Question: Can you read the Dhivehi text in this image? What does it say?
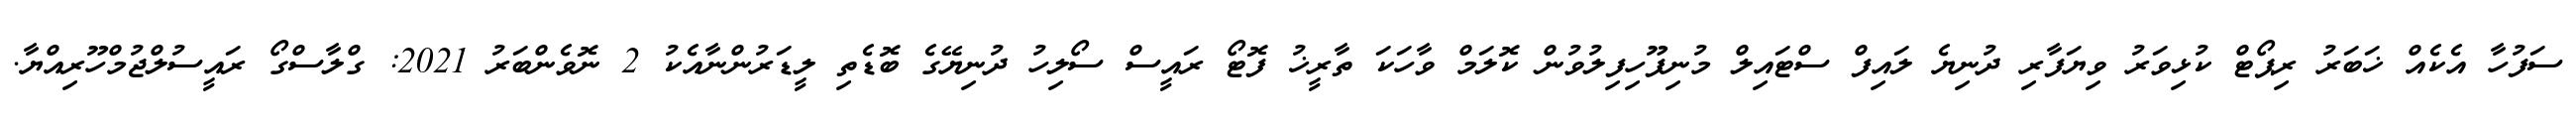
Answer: ސަފުހާ އެކެއް ޚަބަރު ރިޕޯޓް ކުޅިވަރު ވިޔަފާރި ދުނިޔެ ލައިފް ސްޓައިލް މުނިފޫހިފިލުވުން ކޮލަމް ވާހަކަ ތާރީޚު ފޮޓޯ ރައީސް ސޯލިހު ދުނިޔޭގެ ބޮޑެތި ލީޑަރުންނާއެކު 2 ނޮވެންބަރު 2021: ގްލާސްގޯ ރައީސުލްޖުމްހޫރިއްޔާ.